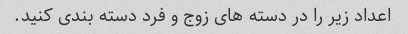
اعداد زیر را در دسته های زوج و فرد دسته بندی کنید.